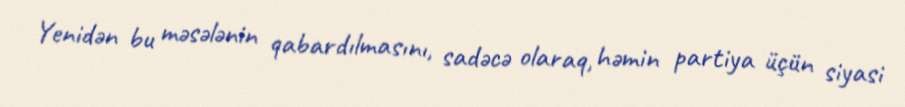
Yenidən bu məsələnin qabardılmasını, sadəcə olaraq, həmin partiya üçün siyasi